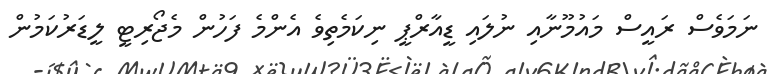
ނަމަވެސް ރައީސް މައުމޫނާއި ނުލައި ޑީއާރްޕީ ނިކަމެތިވެ އެންމެ ފަހުން މެޖޯރިޓީ ލީޑަރުކަމުން